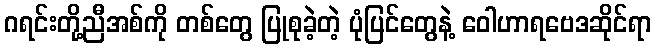
ဂရင်းတို့ညီအစ်ကို တစ်တွေ ပြုစုခဲ့တဲ့ ပုံပြင်တွေနဲ့ ဝေါဟာရဗေဒဆိုင်ရာ